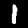
Digit: 1